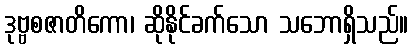
ဒုဗ္ဗစဇာတိကော၊ ဆိုနိုင်ခက်သော သဘောရှိသည်။